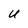
Character: U